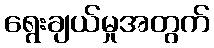
ရွေးချယ်မှုအတွက်